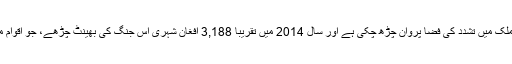
طالبان کے خلاف جنگ کے باعث پورے ملک میں تشدد کی فضا پروان چڑھ چکی ہے اور سال 2014 میں تقریباً 3,188 افغان شہری اس جنگ کی بھینٹ چڑھے، جو اقوام متحدہ کے مطابق سب سے بدترین سال رہا۔